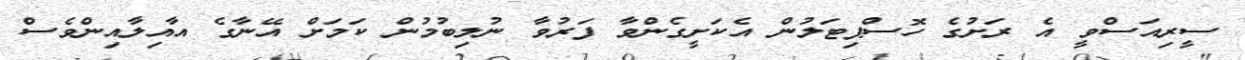
ސީރިއަސްވީ އެ ރަށުގެ ހޮސްޕިޓަލުން އެކަށީގެންވާ ފަރުވާ ނުލިބުމުން ކަމަށް އޭނާގެ އާއިލާއިންވެސް